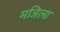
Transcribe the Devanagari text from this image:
मजिला